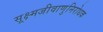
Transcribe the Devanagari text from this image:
सूक्ष्मजीवाणुनिरोधक